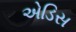
એડિસ